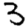
Digit: 3